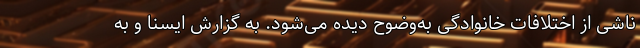
ناشی از اختلافات خانوادگی به‌وضوح دیده می‌شود. به گزارش ایسنا و به